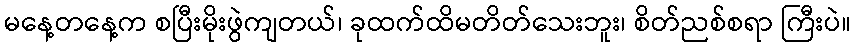
မနေ့တနေ့က စပြီးမိုးဖွဲကျတယ်၊ ခုထက်ထိမတိတ်သေးဘူး၊ စိတ်ညစ်စရာ ကြီးပဲ။